Report on vaccination in Madras 1922-1929 - 1922-1929
Year: 1922
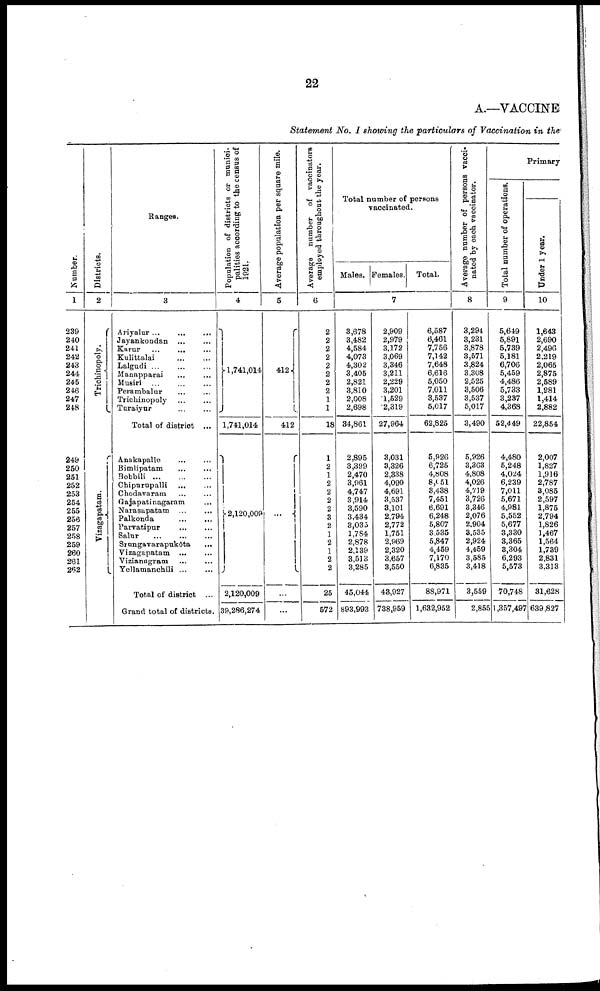
22
A.—VACCINE
Statement No. I showing the particulars of Vaccination in the
Number.
1
239
240
241
242
243
244
245
246
247
248
249
250
251
252
253
254
255
256
257
258
259
260
261
262
Districts.
2
Trichinopoly.
Vizagapatam.
Ranges.
3
Ariyalur
...
...
...
Jayankondan
...
...
Karur ... ... ...
Kulittalai ... ...
Lalgudi ... ... ...
Manapparai ... ...
Musiri ... ... ...
Perambalur ... ...
Trichinopoly
...
...
Turaiyur
...
...
Total of district ...
Anakapalle ... ...
Bimlipatam ... ...
Bobbili
...
...
...
Chipurupalli ... ...
Chodavaram ... ...
Gajapatinagaram ...
Narasapatam ... ...
Palkonda
...
...
Parvatipur
...
...
Salur
...
...
...
Srungavarapukōta
...
Vizagapatam ...
...
Vizianagram ... ...
Yellamanchili ... ...
Total of district ...
Grand total of districts.
Population of districts or munici
palities according to the census of
1921.
4
1,741,014
1,741,014
2,120,009
2,120,009
39,286,274
Average population per square mile.
5
412
412
...
...
Average number of vaccinators
employed throughout the year.
6
2
2
2
2
2
2
2
2
1
1
18
1
2
1
2
2
2
2
3
2
1
2
1
2
2
25
572
Total number of persons
vaccinated.
Males. Females. Total.
7
3,678
3,482
4,584
4,073
4,302
3,405
2,821
3,810
2,008
2,698
34,861
2,895
3,399
2,470
3,961
4,747
3,914
3,590
3,434
3,035
1,784
2,878
2,139
3,513
3,285
45,044
893,993
2,909
2,979
3,172
3,069
3,346
3,211
2,229
3,201
1,529
2,319
27,964
3,031
3,326
2,338
4,090
4,691
3,537
3,101
2,794
2,772
1,751
2,969
2,320
3,657
3,550
43,927
738,959
6,587
6,461
7,756
7,142
7,648
6,616
5,050
7,011
3,537
5,017
62,825
5,926
6,725
4,808
8,051
3,438
7,451
6,691
6,248
5,807
3,535
5,847
4,459
7,170
6,835
88,971
1,632,952
Average number of persons vacci-
nated by each vaccinator.
8
3,294
3,231
3,878
3,571
3,824
3,308
2,525
3,506
3,537
5,017
3,490
5,926
3,363
4,808
4,026
4,719
3,726
3,346
2,076
2,904
3,535
2,924
4,459
3,585
3,418
3,559
2,855
Primary
Total number of operations.
9
5,649
5,891
5,739
5,181
6,706
5,459
4,486
5,733
3,237
4,368
52,449
4,480
5,248
4,024
6,239
7,011
5,671
4,981
5,552
5,677
3,330
3,365
3,304
6,293
5,573
70,748
1,357,497
Under 1 year.
10
1,643
2,690
2,496
2,219
2,065
2,875
2,589
1,981
1,414
2,882
22,854
2,007
1,827
1,916
2,787
3,085
2,597
1,875
2,794
1,826
1,467
1,564
1,739
2,831
3,313
31,628
639,827